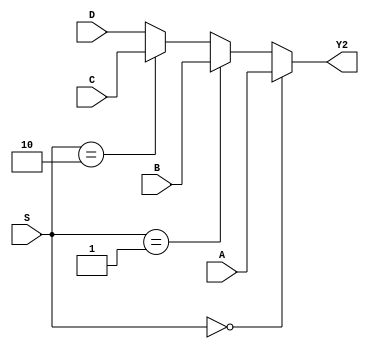
module mux(A,B,C,D,S,Y2);
input [3:0]A,B,C,D;
input [1:0]S;
output[3:0]Y2;
reg   [3:0]Y2;

always@(A or B or C or D or S)
     if (S==2'b00) Y2=A;
else if (S==2'b01) Y2=B;
else if (S==2'b10) Y2=C;
else               Y2=D;

endmodule